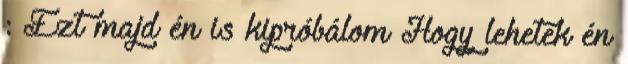
: Ezt majd én is kipróbálom Hogy lehetek én